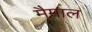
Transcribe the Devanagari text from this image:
मैमाल